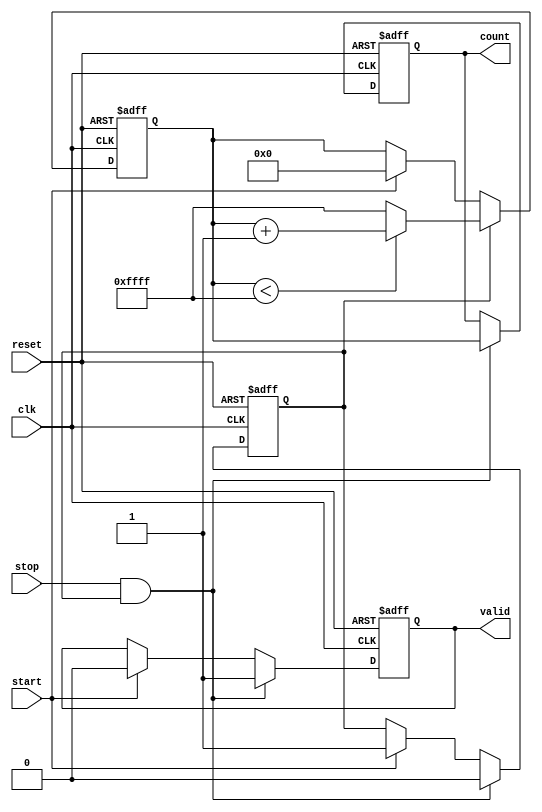
module TDC (
    input wire clk,          // Clock signal
    input wire reset,        // Asynchronous reset
    input wire start,        // Start signal
    input wire stop,         // Stop signal
    output reg [15:0] count, // Output count value (16-bit)
    output reg valid         // Output valid signal
);

    // Parameters
    parameter DELAY_LINE_SIZE = 16; // Number of delay elements
    parameter MAX_COUNT = 16'hFFFF;  // Maximum count value (for 16-bit counter)

    // Internal signals
    reg [15:0] counter;          // Counter for clock cycles
    reg counting;                // Flag to indicate counting state

    // Delay line (simple implementation using registers)
    reg [DELAY_LINE_SIZE-1:0] delay_line;

    // Initialize the delay line
    integer i;
    initial begin
        delay_line = 0;
        count = 0;
        valid = 0;
        counting = 0;
    end

    // Main TDC logic
    always @(posedge clk or posedge reset) begin
        if (reset) begin
            // Reset all registers
            counter <= 0;
            count <= 0;
            valid <= 0;
            counting <= 0;
            delay_line <= 0;
        end else begin
            // Update delay line
            delay_line <= {delay_line[DELAY_LINE_SIZE-2:0], 1'b0}; // Shift left

            // Counting logic
            if (start) begin
                counting <= 1; // Start counting
                counter <= 0;  // Reset counter
                valid <= 0;    // Clear valid flag
            end
            
            if (counting) begin
                if (counter < MAX_COUNT) begin
                    counter <= counter + 1; // Increment counter
                end else begin
                    counter <= MAX_COUNT; // Saturate counter
                end
            end
            
            if (stop && counting) begin
                count <= counter; // Capture count value
                valid <= 1;       // Set valid flag
                counting <= 0;    // Stop counting
            end
        end
    end

endmodule